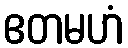
ဧတမဟံ